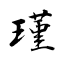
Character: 瑾